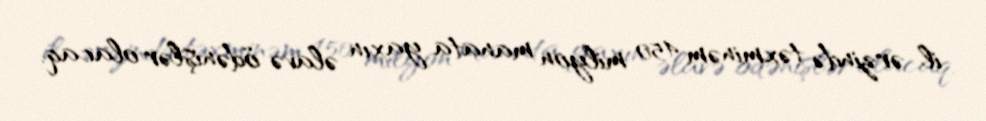
il ərzində təxminəm 450 milyon manata yaxın əlavə ödənişlər olacaq.